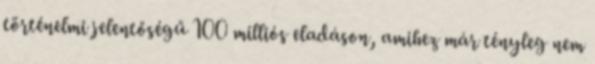
történelmi jelentőségű 100 milliós eladáson, amihez már tényleg nem